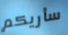
سأريكم